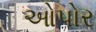
ઓપોર